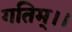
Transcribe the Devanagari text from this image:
गतिम्।।